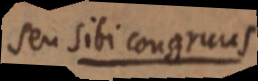
seu sibi congruus